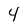
Character: 4